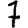
Digit: 7